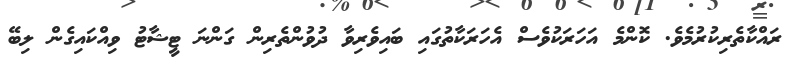
ރައްކާތެރިކުރުމެވެ. ކޮންމެ އަހަރަކުވެސް އެހަރަކާތުގައި ބައިވެރިވާ ދުވުންތެރިން ގަންނަ ޓީޝާޓު ވިއްކައިގެން ލިބޭ